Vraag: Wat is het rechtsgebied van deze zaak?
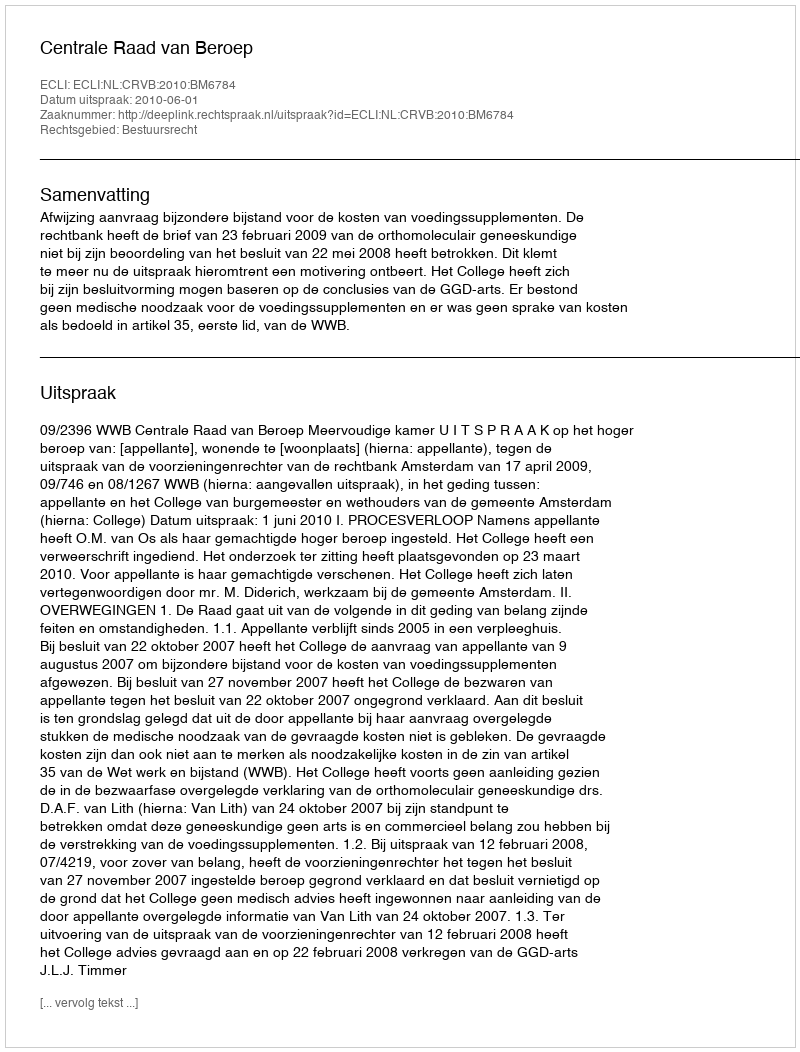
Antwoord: Bestuursrecht